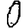
Digit: 0